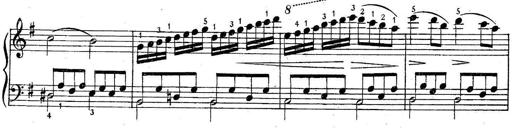
Title: 6 Easy Sonatinas
Composer: Carl Czerny